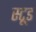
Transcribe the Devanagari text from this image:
स्टूड